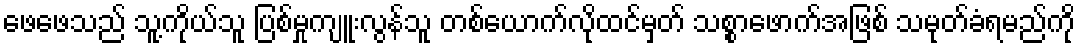
ဖေဖေသည် သူ့ကိုယ်သူ ပြစ်မှုကျူးလွန်သူ တစ်ယောက်လိုထင်မှတ် သစ္စာဖောက်အဖြစ် သမုတ်ခံရမည်ကို